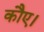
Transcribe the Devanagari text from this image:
कौए।